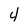
Character: 4